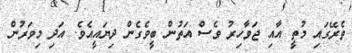
ތެރޭގައި މުތީ އާއި ޖަވާހިރު ވެސް އަތުން ބީވެގެން ދިޔައީއެވެ. އަދި މިވަރުން